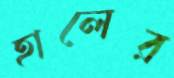
হালের